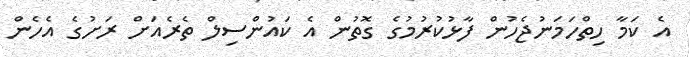
އެ ކަމާ ހިތްހަމަނުޖެހުން ފާޅުކުރުމުގެ ގޮތުން އެ ކައުންސިލް ތެރެއަށް ރަށުގެ އެހެން